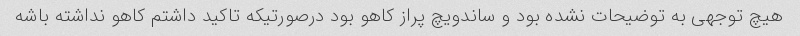
هیچ توجهی به توضیحات نشده بود و ساندویچ پراز کاهو بود درصورتیکه تاکید داشتم کاهو نداشته باشه